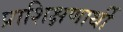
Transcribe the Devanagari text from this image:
प्राशिक्षणार्थी